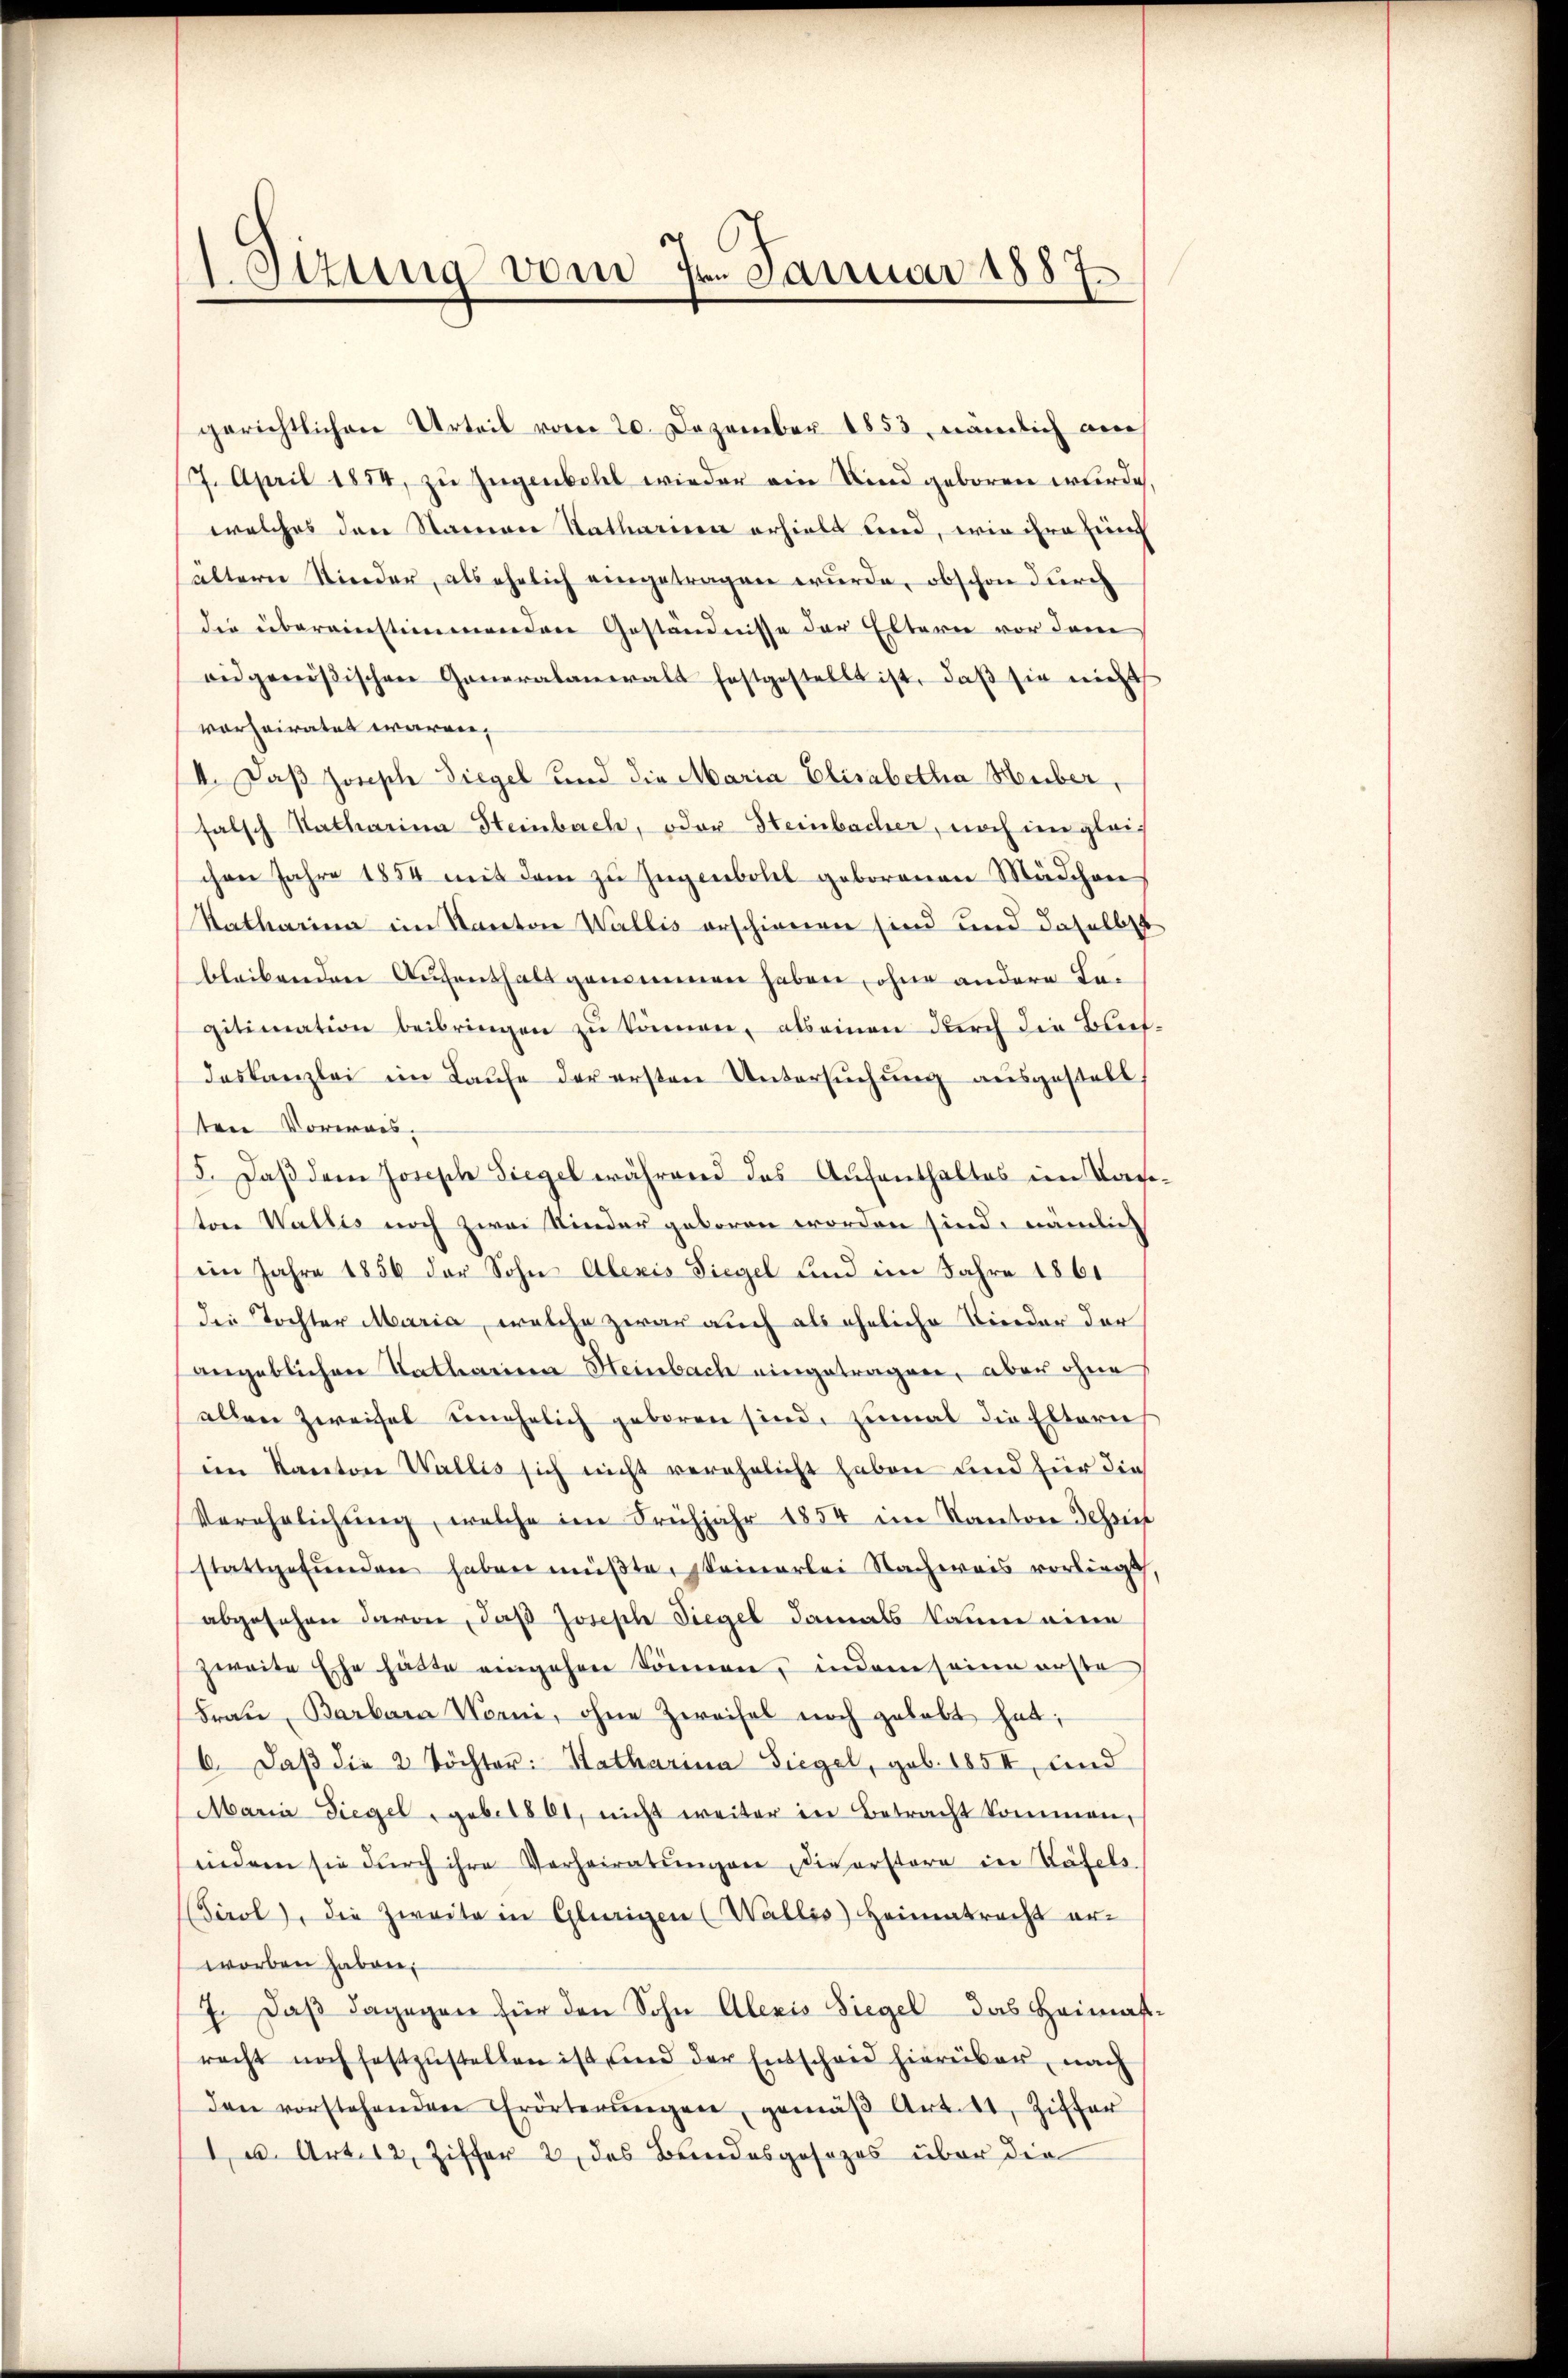
)
1.Ottung vom 7. Januar 1887.

gerichtlichen Urteil vom 20. Dezember 1853, nämlich auch
17. April 1854, zu Jugenbohl wieder ein Kind geboren wurde.
welches den Standerer Katharinen erhielt und, wie ihre Eines
ältern Nieder, als ehelich eingetragen wurde, obschon durch
die übereinstimmenden Geständnisse der Eltern vor dem
oidgenößischen Generalanwalt festgestellt ist, daβ sie nicht
vorheiratet waren,
II. Daß Joseph Siegel und die Maria Elisabetha Huber,
falsch Katharina Steinbach, oder Steinbacher, noch im gleichen Jahre 1854 mit dem zu Jugenbohl geborenen Mädchen
Ratharina im Kanton Wallis erschienen sind und daselbst
bleibenden Aufenthalt genommen haben, ohne andere Begitimation beibringen zu können, als einen durch die Blech
deskanzlei im Laŭfe der ersten Untersŭchŭng aŭsgestell,
ten Vorwais.
5. Daß dem Joseph Siegel während das Aufenthaltes im Kas
tor Wallis noch zwei Kinder geboren worden sind, nämlich
iin Jahre 1856 der Sohn Alexis Siegel und im Jahre 1861
die Tochter Maria, welche zwar auch als eheliche Nieder der
angeblichen Katharina Heinbach eingetragen, aber ohne
allen Zweifel unehelich geboren sind, zumal die Eltern
im Kanton Wallis sich nicht verehelicht haben und für die
Verehelichung, welche im Frühjahr 1854 im Kanton Schreif
stattgefŭnden haben müßte, seinerlei Nachweis vorliegt,
abgesehen davon, daß Joseph Siegel damals kaum eine
zweite Ehe hätte eingehen können, indem seine erste
Frau, Barbara Nani, ohne Zweifel noch gehabt hat;
6. Daβ die 2 Töchter: Hatharina Siegel, geb. 1854, und
Maria Siegel geb. 1861, nicht weiter in Betracht kommen,
iindem sie dŭrch ihre Verheiratŭngen, die erstere in Käfels.
(Tirol, die Zweite in Glürigen (Wallis) Heimatrecht er-
worben haben;
7. Daß dagegen für den Sohn Alexis Siegel das Heimat
racht noch festzŭstellen ist sind der Entscheid hierüber, nach
den vorstehenden Erörterŭngen, gemäβ Art. 11. Ziffer
1 u. Art. 12, Ziffer 2 des Bundesgesezes über die